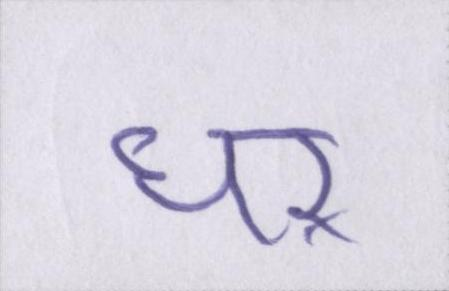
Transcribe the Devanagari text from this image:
घऱ